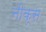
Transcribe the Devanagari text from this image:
नीक्स